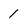
Character: 1